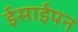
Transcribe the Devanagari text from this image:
ईसाईपन